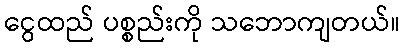
ငွေထည် ပစ္စည်းကို သဘောကျတယ်။